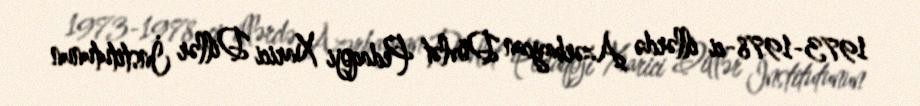
1973-1978-ci illərdə Azərbaycan Dövlət Pedaqoji Xarici Dillər İnstitutunun